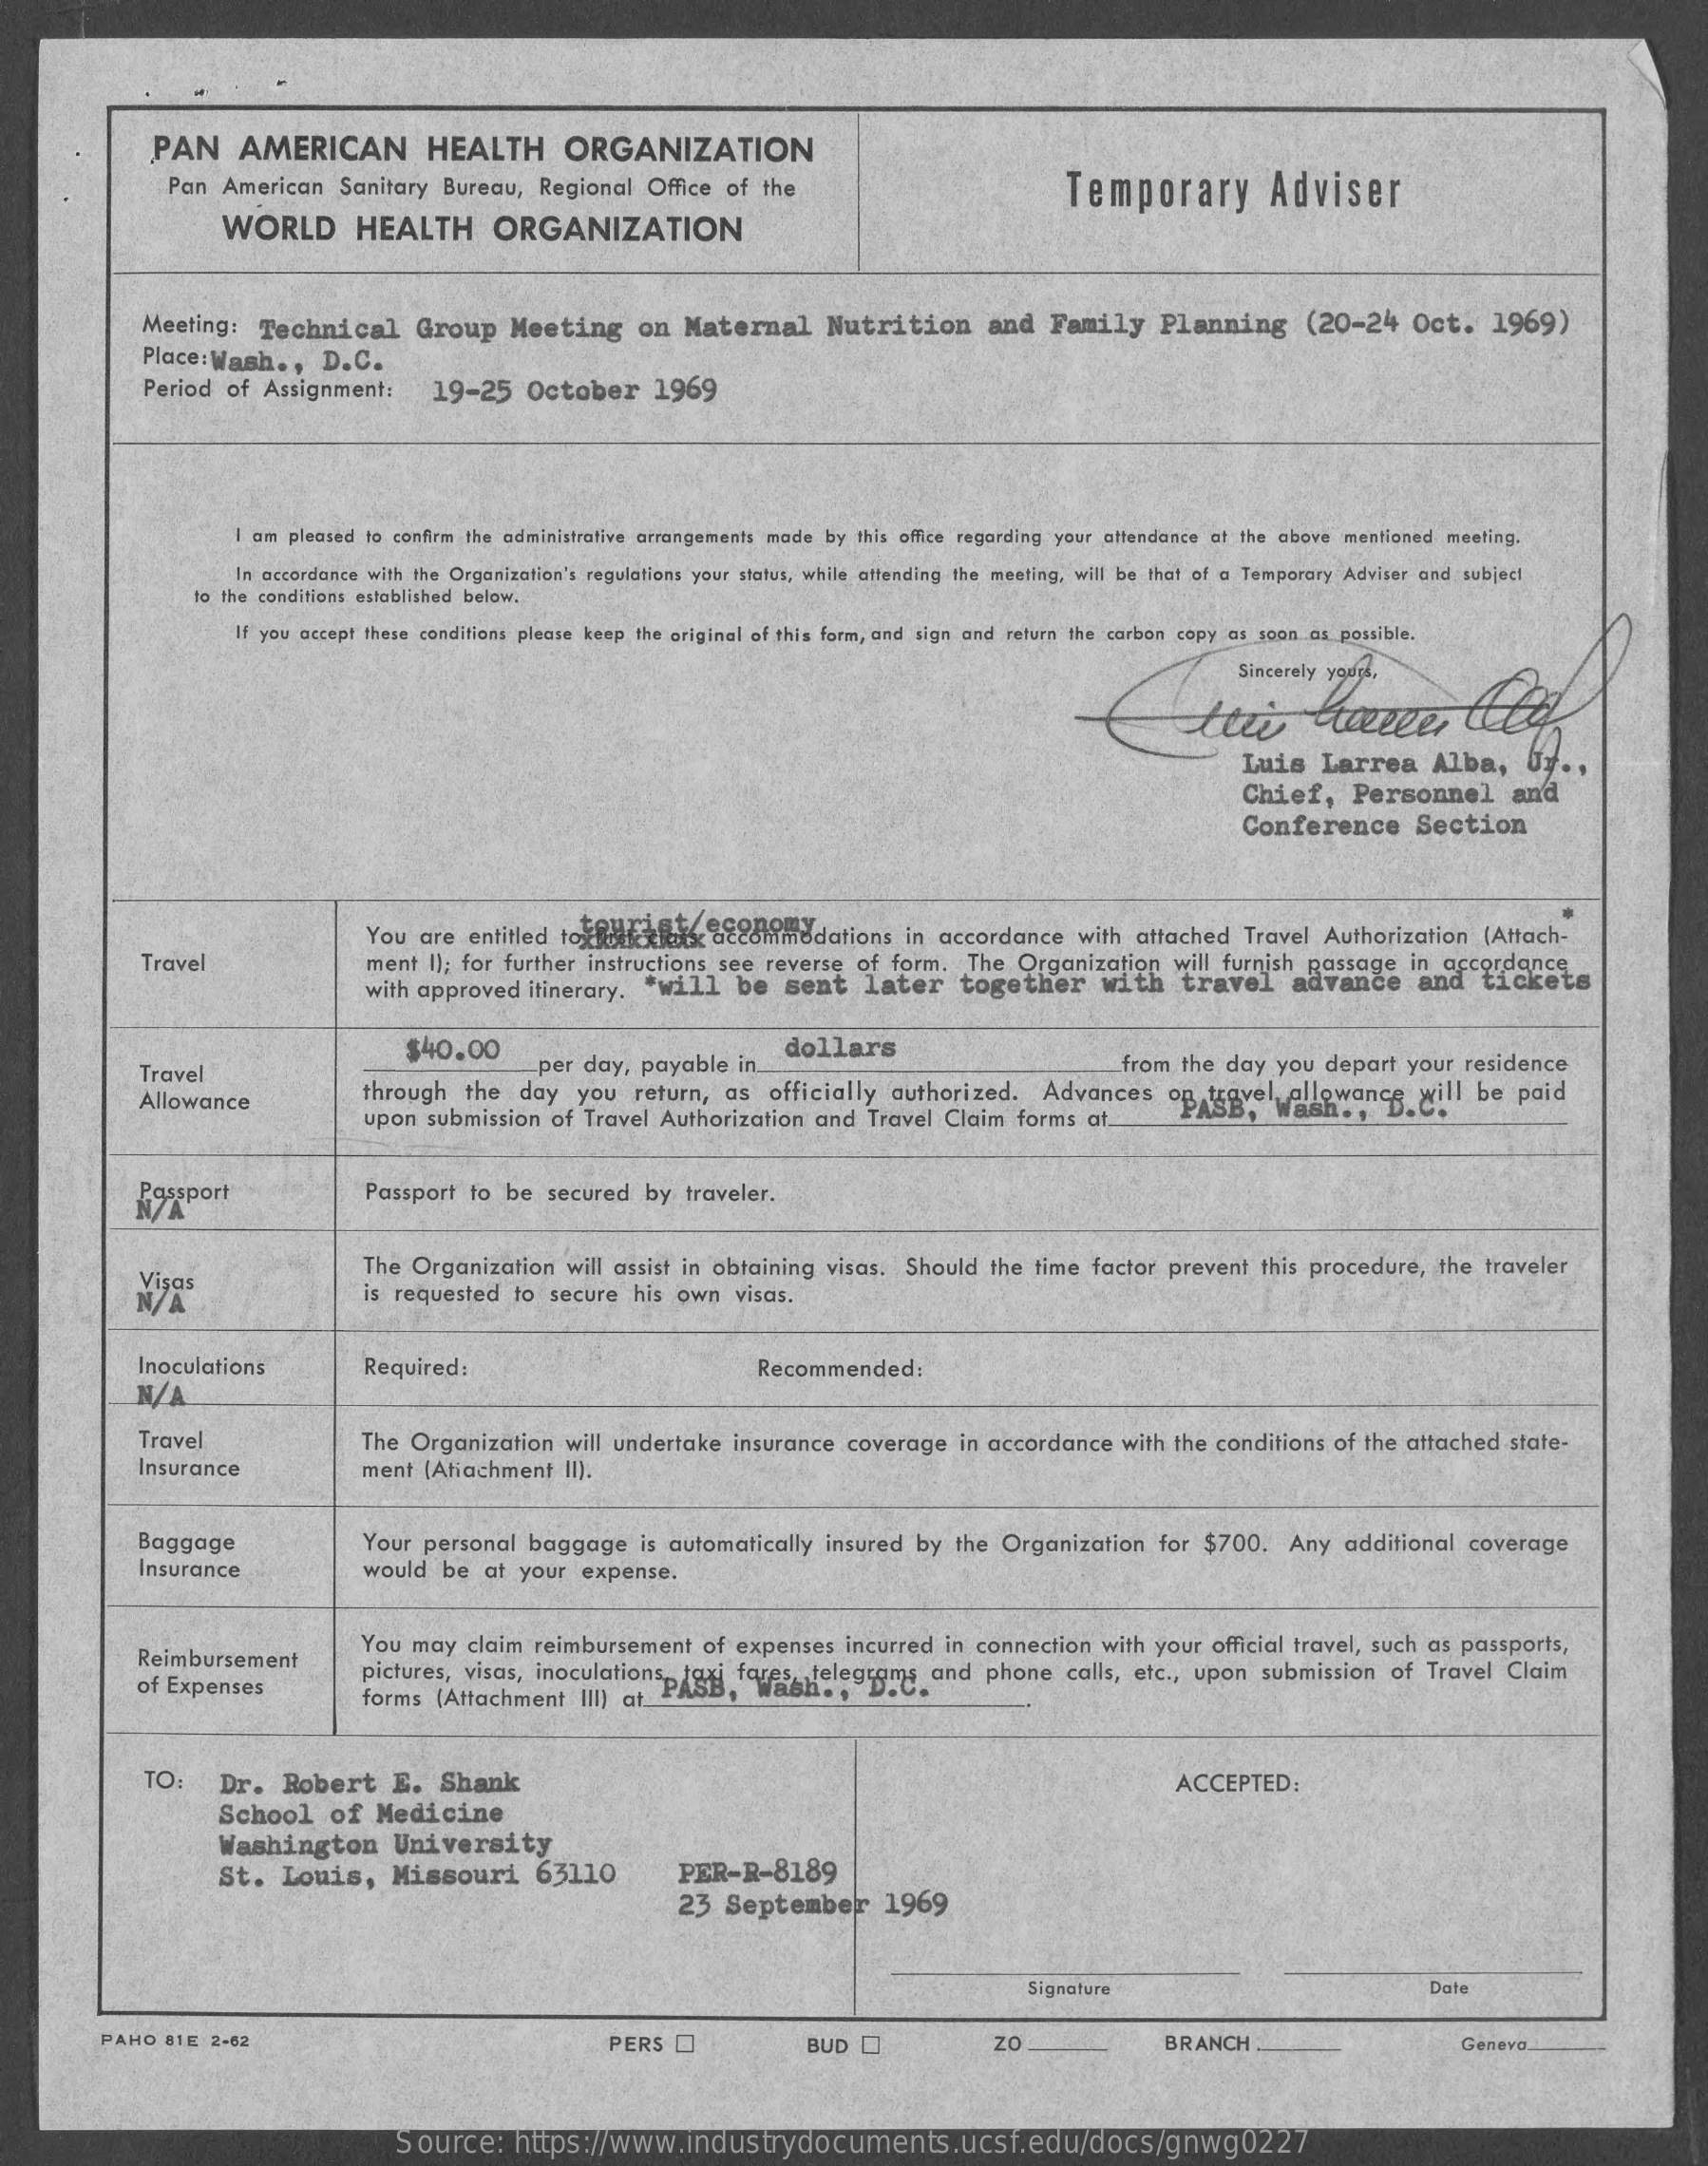
PAN    AMERICAN    HEALTH    ORGANIZATION
     Pan American   Sanitary  Bureau,  Regional  Office of the    Temporary    Adviser
     WORLD    HEALTH    ORGANIZATION
     Meeting:   Technical    Group    Meeting    on  Maternal    Nutrition    and  Family    Planning    (20-24    Oct.   1969)
     Place:Wash  .,   D.C.
     Period  of Assignment:    19-25   October    1969
     I am pleased to confirm the administrative arrangements made by this office regarding your attendance at the above mentioned meeting.
     In accordance with the Organization's regulations your status, while attending the meeting, will be that of a Temporary Adviser and subject
     to the conditions established below.
     If you accept these conditions please keep the original of this form, and sign and return the carbon copy as soon as possible.
     Sincerely yours,
     Luis   Larrea    Alba,   Gy  ..
     Chief,    Personnel    and
     Conference    Section
     You are  entitled toildisckibis accommodations   in accordance   with  attached Travel  Authorization (Attach-
     Travel    ment I]; for further instructions see reverse of form. The  Organization  will furnish passage  in accordance
     with approved itinerary. "will    be  sent   later    together    with    travel    advance    and   tickets
     $40.00    dollars
     Travel    per day, payable  in.    from the  day you  depart your  residence
     Allowance    through   the  day  you  return,  as  officially authorized.   Advances   opAtssvel   Gliewan
     upon submission  of Travel Authorization and  Travel Claim  forms at.
     allowance  will  be paid
     Passport    Passport to  be secured  by  traveler.
     Visas
     The Organization  will assist in obtaining visas, Should the time factor prevent  this procedure, the  traveler
     N/A    is requested to secure  his own   visas.
     Inoculations    Required:
     N/
     Recommended:
     Travel    The Organization   will undertake insurance  coverage  in accordance  with the conditions of the attached state-
     Insurance    ment  (Atiachment  II).
     Baggage    Your personal baggage    is automatically insured by  the Organization   for $700.  Any   additional coverage
     Insurance    would  be at  your  expense.
     Reimbursement
     You may  claim reimbursement   of expenses  incurred in connection with your official travel, such as passports,
     of Expenses
     pictures, visas, inoculationspigxj fores telegrams_a
     forms [Attachment  III) at 2    gram,  and phone   calls, etc ., upon submission of Travel Claim
     TO:   Dr.   Robert    E.  Shank    ACCEPTED:
     School    of  Medicine
     Washington    University
     St.  Louis,    Missouri    63110    PER-R-8189
     23   September    1969
     Signature    Date
     PAHO  81E 2-62    PERS    BUD O    ZO    BRANCH    Geneva
     Source:    https://www.industrydocuments.ucsf.edu/docs/gnwg0227